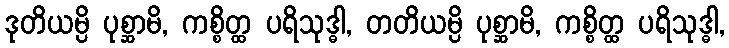
ဒုတိယမ္ပိ ပုစ္ဆာမိ, ကစ္စိတ္ထ ပရိသုဒ္ဓါ, တတိယမ္ပိ ပုစ္ဆာမိ, ကစ္စိတ္ထ ပရိသုဒ္ဓါ,